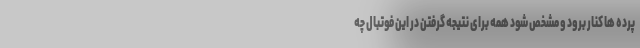
پرده ها کنار برود و مشخص شود همه برای نتیجه گرفتن در این فوتبال چه